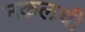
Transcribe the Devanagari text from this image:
नक़लची